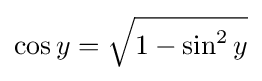
\cos y={\sqrt {1-\sin ^{2}y}}